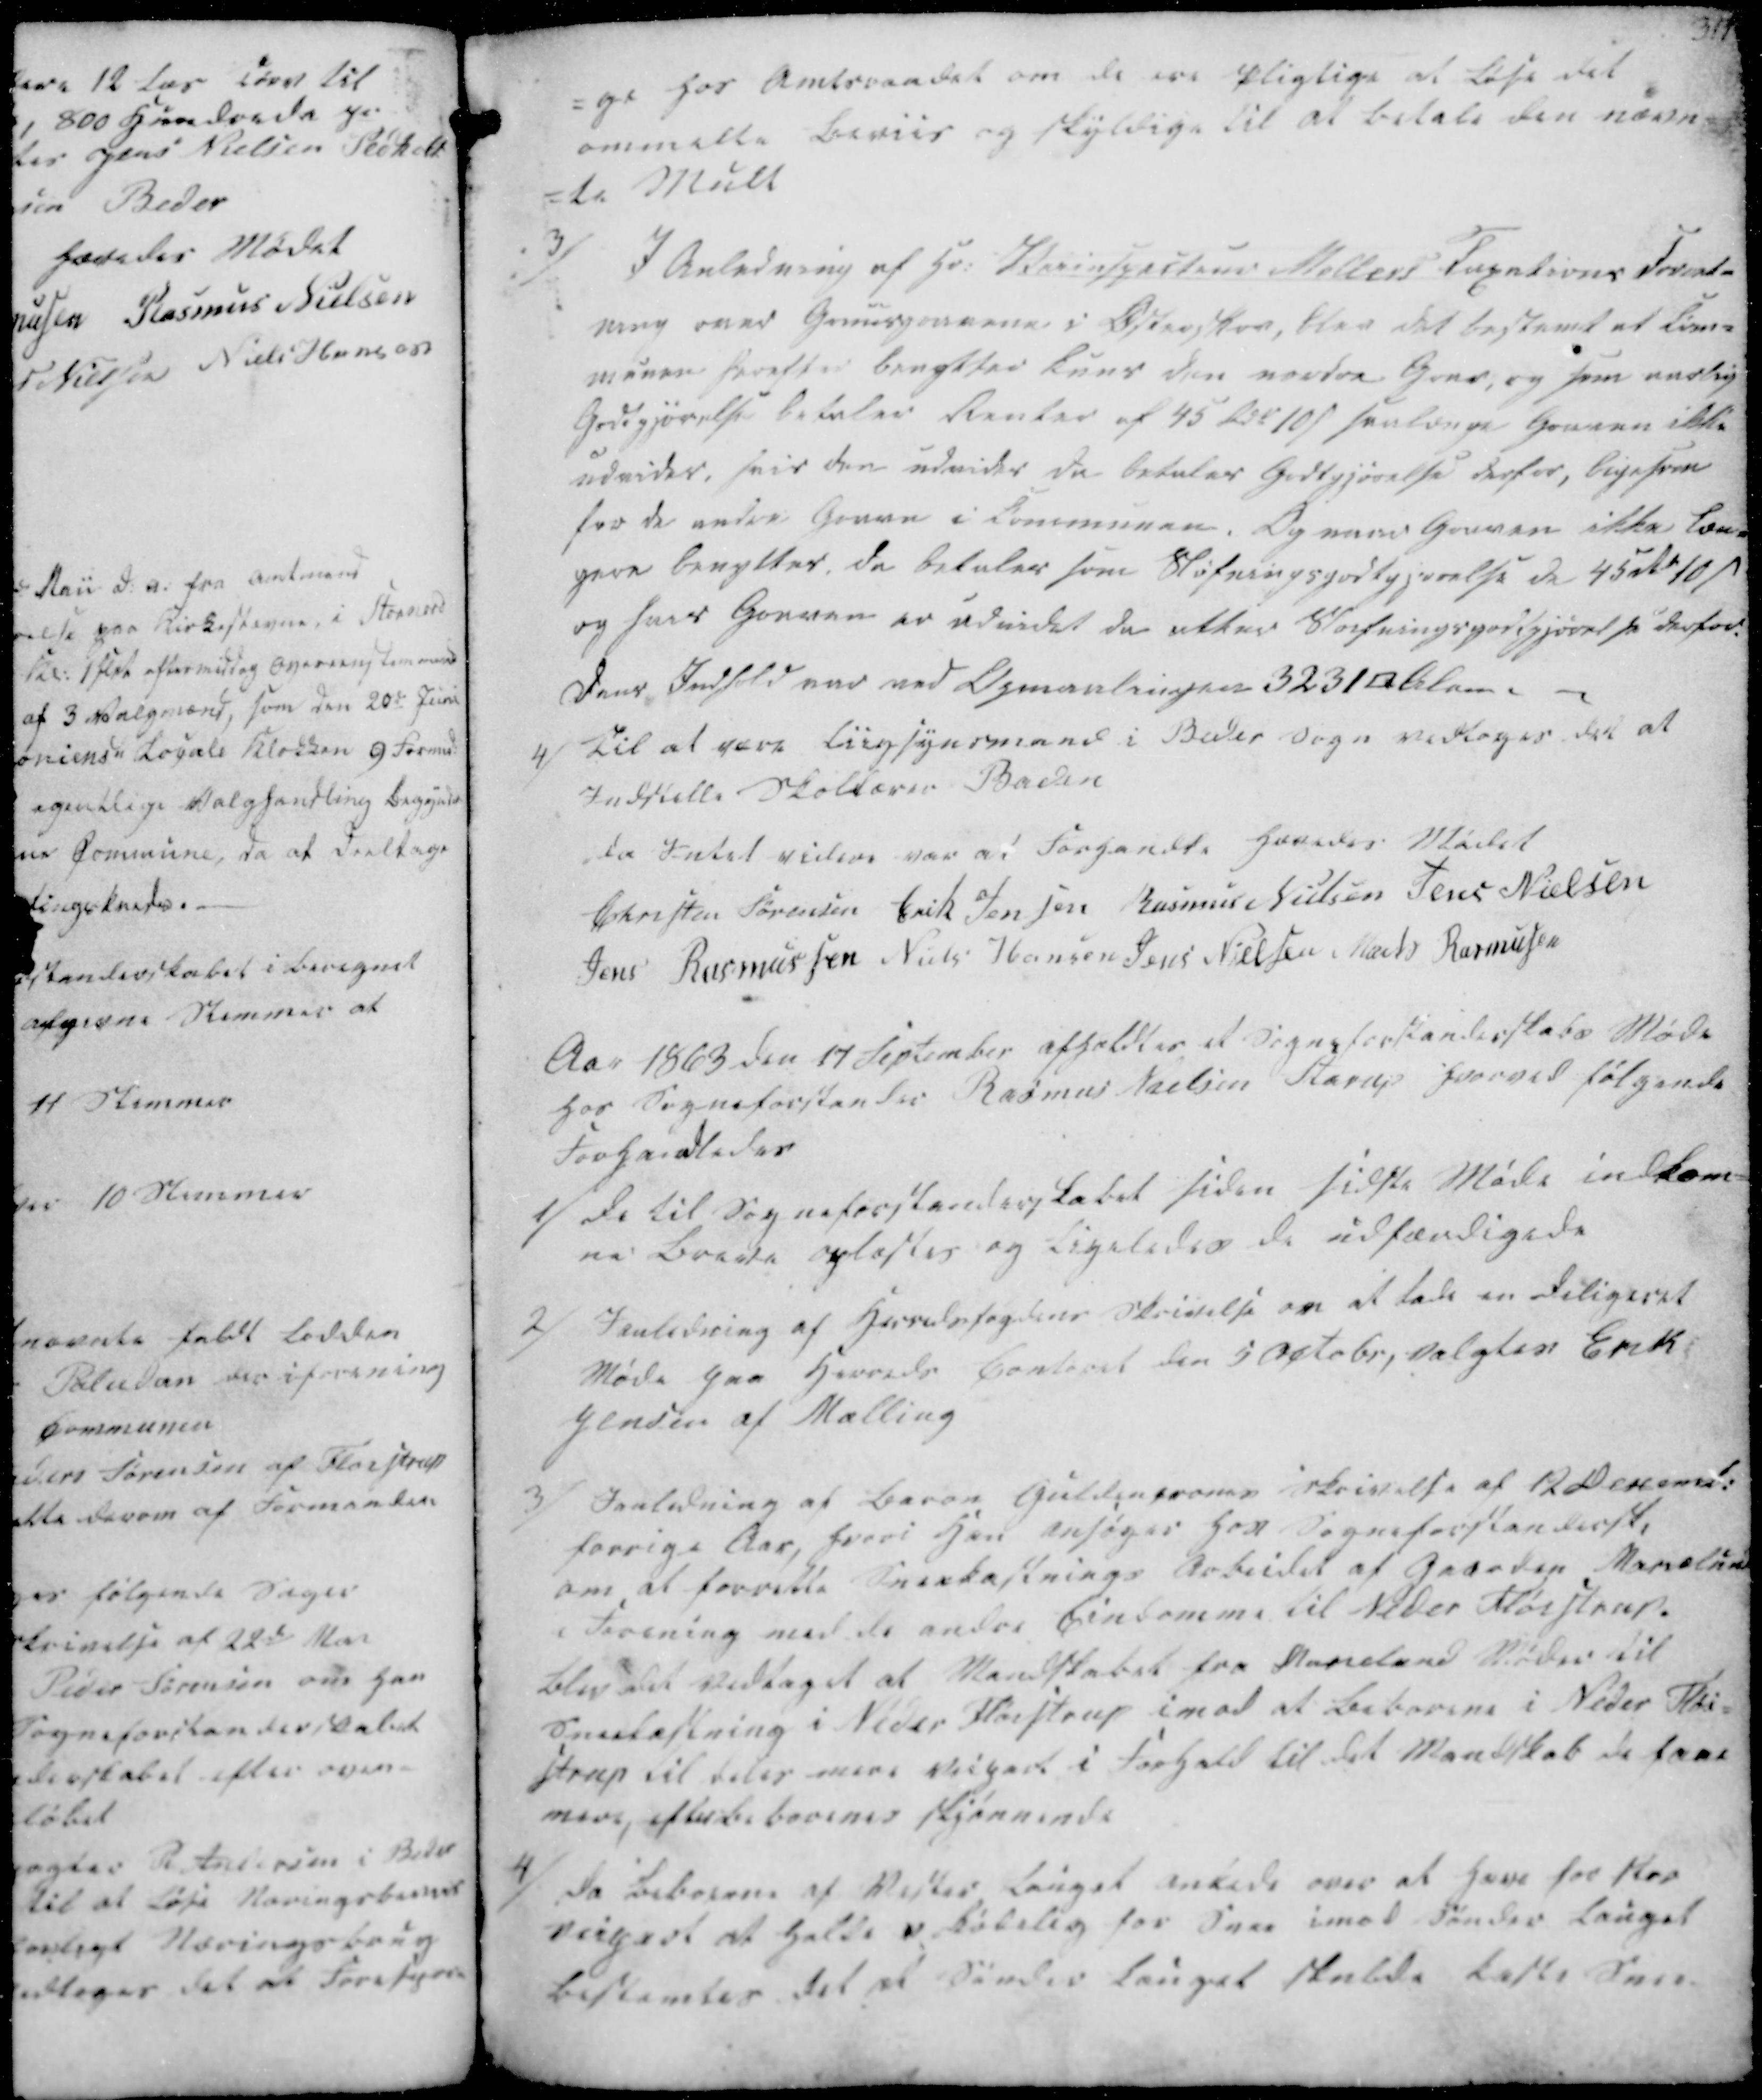
Transskription:
-ge for Amtsraadet om de ere Pligtige at løse det
ommelte Beviis og Skyldige til at betale den nævn-
-te Mult

3/
I Anledning af Hr. Veiinspecteur Møllers Taxations Forordn-
ning over Gruusgravene i Østerskov, blev det bestemt at Com-
munen herefter bragttes kuns den nordre Grav, og som aarlig
Godtgjørelse betales Renter af 45 Rdr 10 ß saalænge Grusen ikke
udvides, hvis den udvides Da betales Godtgjørelse derfor, ligesom
for de andre Grave i Communen. Og vare Graven ikke læn-
gere benyttes, Da betales som Sløfningsgodtgjørelse de 45 Rdr 10 ß
og hvis Graven er udvindet da efter Sløifningsgodtgjørelse derfor.
Dens Indhold var ved Opmaalingen 3231 □Alen.

4/ Til at være Liigsynsmand i Beder Sogn vedtages det at
Indstille Skolelærer Baden

da Intet videre var at Forhandle hævedes Mødet
Christen Sørensen
Erik Jensen
Rasmus Nielsen
Jens Nielsen
Jens Rasmussen
Niels Hansen
Jens Nielsen
Mads Rasmussen

Aar 1863 den 17 September afholdtes et Sogneforstanderskabs Møde
hos Sogneforstander Rasmus Nielsen Starup hvorved følgende
Forhandledes

1/ De til Sogneforstanderskabet siden sidste Møde indkome-
ne Breve oplæstes og Ligeledes de udfærdigede
2/ Ianledning af Herredsfogdens Skrivelse om at lade en Deligeret
Møde paa Herreds Contoret den 5 Octobr, valgtes Erik
Jensen af Malling

3/ Ianledning af Baron Guldencrones Skrivelse af 12 Decemb.
forrige Aar, hvori Han ansøger hos Sogneforstandersk.
om at forrette Sneekastnings Arbeidet af Gaarden Marielund
i Forening med de andre Eindomme til Neder Fløistrup.
Blev det vedtaget at Mandskabet fra Marielund Møder til
Sneekastning i Neder Fløistrup imod at Beboerne i Neder Flø-
strup til deles mere Veipart i Forhold til det Mandskab de faae
mere, efterbeboernes skjønnende

4/ Da Beboerne af Vester Lauget ankede over at have for stor
veipart at holde ukøbelig for Snee imod Sønder Lauget
bestemtes det at Sønder Lauget skulde kaste Snee